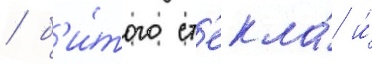
/ б'и́того ст'екла́ и́